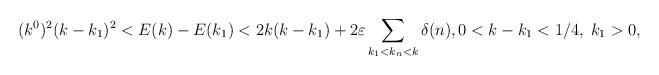
LaTeX: \begin{align*}(k^0)^2 (k - k_1)^2 < E(k) - E(k_1) < 2k (k - k_1) + 2 \varepsilon \sum_{k_1 < k_{n} < k} \delta(n), 0 < k - k_1 < 1/4, \; k_1 > 0,\end{align*}